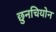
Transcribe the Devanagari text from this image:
छुनचियोन